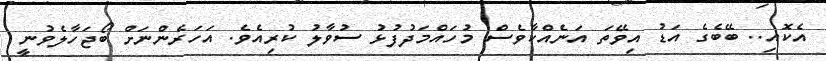
އެކޮއި.. ބޭބެގެ އަޑު އިވޭތަ އަނެއްކާވެސް މުހައްމަދުފުޅު ސުވާލު ކުރިއެވެ. އަހަރެންނަށް ބޯޖަހާލެވުނީ